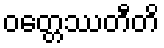
ဝတ္တေဿတီတိ